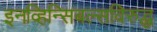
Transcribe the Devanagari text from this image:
इनव्हिन्सिबल्सविरुद्ध